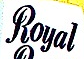
Royal